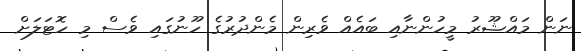
ނަން މައްޝޫރު މީހުންނާއި ބައެއް ވެރިން މެންދުރުގެ ހޫނުގައި ވެސް މި ހޮޓަލަށް